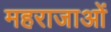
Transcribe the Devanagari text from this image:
महराजाओं